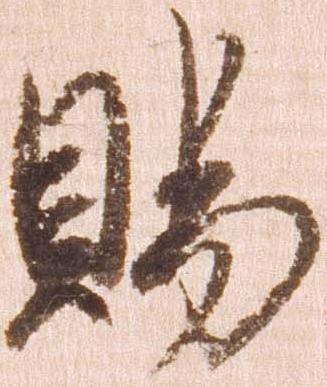
賜